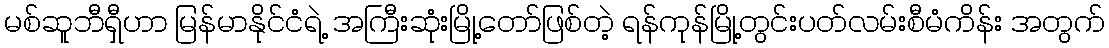
မစ်ဆူဘီရှီဟာ မြန်မာနိုင်ငံရဲ့ အကြီးဆုံးမြို့တော်ဖြစ်တဲ့ ရန်ကုန်မြို့တွင်းပတ်လမ်းစီမံကိန်း အတွက်